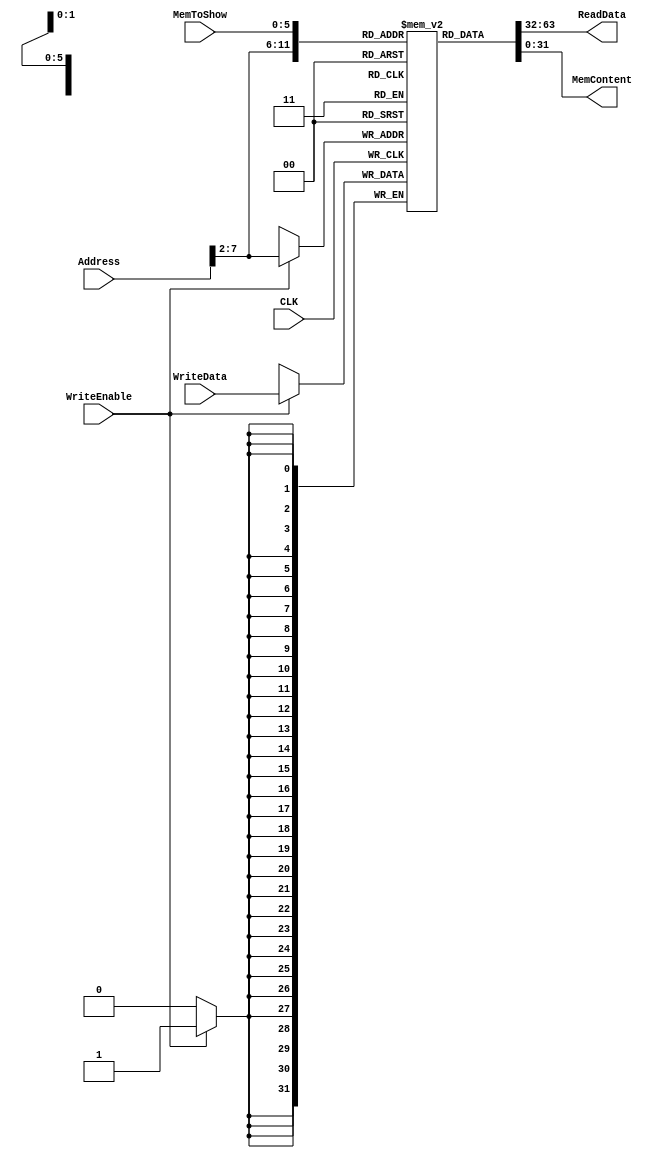
`timescale 1ns / 1ps
//////////////////////////////////////////////////////////////////////////////////
// Company: 
// Engineer: 
// 
// Design Name: 
// Module Name: dMem
// Project Name: 
// Target Devices: 
// Tool Versions: 
// Description: 
// 
// Dependencies: 
// 
// Revision:
// Revision 0.01 - File Created
// Additional Comments:
// 
//////////////////////////////////////////////////////////////////////////////////


module dMem(CLK, WriteEnable, Address, WriteData, ReadData, MemToShow, MemContent);
	input CLK, WriteEnable;
	input [31: 0] Address, WriteData;
	output [31: 0] ReadData;
	input [5:0] MemToShow;
	output [31:0] MemContent;
	
	reg [31:0]RAM[63: 0];
	assign ReadData = RAM[Address[31:2]];
	assign MemContent = RAM[MemToShow[5:0]];
	reg [6:0] j;
	initial
	begin
	    for (j = 0; j < 32; j = j + 1) 
	        RAM[j] <= 0;
	end
	always @(posedge CLK)
		if(WriteEnable)
			RAM[Address[31:2]] <= WriteData;

endmodule